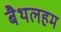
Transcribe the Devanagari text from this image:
बैथलहम